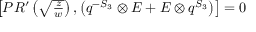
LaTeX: \begin{array} { c } { { \left[ P R ^ { \prime } \left( \sqrt { \frac { z } { w } } \right) , \left( q ^ { - S _ { 3 } } \otimes E + E \otimes q ^ { S _ { 3 } } \right) \right] = 0 } } \end{array}